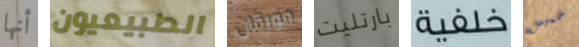
أنها الطبيعيون مورقان بارتليت خلفية خميس